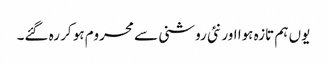
یوں ہم تازہ ہوا اور نئی روشنی سے محروم ہو کر رہ گئے۔